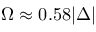
\Omega \approx 0 . 5 8 | \Delta |